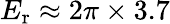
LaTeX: E_{\mathrm{{r}}}\approx 2\pi\times 3.7